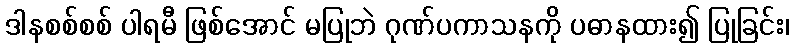
ဒါနစစ်စစ် ပါရမီ ဖြစ်အောင် မပြုဘဲ ဂုဏ်ပကာသနကို ပဓာနထား၍ ပြုခြင်း၊